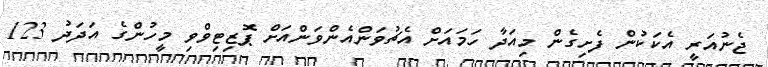
ޖެނުއަރީ އެކަކުން ފެށިގެން މިއަދާ ހަމައަށް އެޗުވަންއެންވަންއަށް ޕޮޒިޓިވްވި މީހުންގެ އަދަދު 123